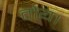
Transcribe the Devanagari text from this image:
तोय।